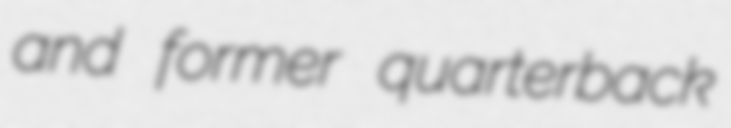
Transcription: and former quarterback